Report on the working of the mental hospitals for Indians in Bihar and Orissa - 1925-1929
Year: 1925
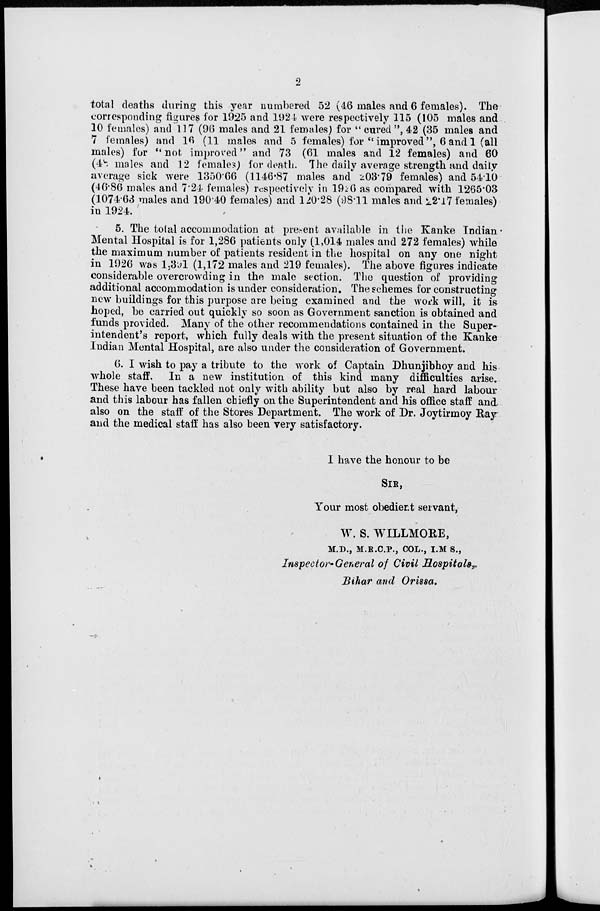
2
total deaths during this year numbered 52 (46 males and 6 females). The
corresponding figures for 1925 and 1924 were respectively 115 (105 males and
10 females) and 117 (96 males and 21 females) for " cured ", 42 (35 males and
7 females) and 16 (11 males and 5 females) for "improved", 6 and 1 (all
males) for "not improved" and 73 (61 males and 12 females) and 60
(48 males and 12 females) for death. The daily average strength and daily
average sick were 1350.66 (1146.87 males and 203.79 females) and 54.10
(46.86 males and 7.24 females) respectively in 1926 as compared with 1265.03
(1074.63 males and 190.40 females) and 120.28 (98.11 males and 22.17 females)
in 1924.
5. The total accommodation at present available in the Kanke Indian
Mental Hospital is for 1,286 patients only (1,014 males and 272 females) while
the maximum number of patients resident in the hospital on any one night
in 1926 was 1,391 (1,172 males and 219 females). The above figures indicate
considerable overcrowding in the male section. The question of providing
additional accommodation is under consideration. The schemes for constructing
new buildings for this purpose are being examined and the work will, it is
hoped, be carried out quickly so soon as Government sanction is obtained and
funds provided. Many of the other recommendations contained in the Super-
intendent's report, which fully deals with the present situation of the Kanke
Indian Mental Hospital, are also under the consideration of Government.
6. I wish to pay a tribute to the work of Captain Dhunjibhoy and his
whole staff. In a new institution of this kind many difficulties arise.
These have been tackled not only with ability but also by real hard labour
and this labour has fallen chiefly on the Superintendent and his office staff and
also on the staff of the Stores Department. The work of Dr. Joytirmoy Ray
and the medical staff has also been very satisfactory.
I have the honour to be
SIR,
Your most obedient servant,
W. S. WILLMORE,
M.D., M.R.C.P., COL., I.M S.,
Inspector-General of Civil Hospitals,
Bihar and Orissa.